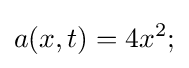
a(x,t)=4x^{2};